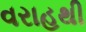
વરાહથી